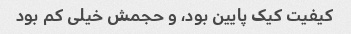
کیفیت کیک پایین بود، و حجمش خیلی کم بود